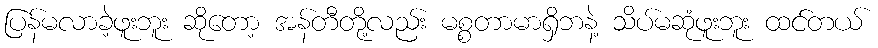
ပြန်မလာခဲ့ဖူးဘူး ဆိုတော့ အန်တီတို့လည်း မစ္စတာမာရှိဘနဲ့ သိပ်မဆုံဖူးဘူး ထင်တယ်